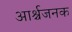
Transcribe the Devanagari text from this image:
आर्श्चजनक